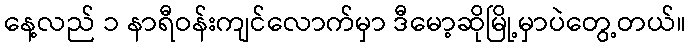
နေ့လည် ၁ နာရီဝန်းကျင်လောက်မှာ ဒီမော့ဆိုမြို့မှာပဲတွေ့တယ်။